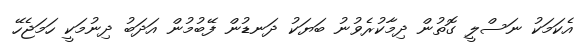
އެކަމަކު ނަސްލީ ގޮތުން ދިމާކުރެވުނު ބަޔަކު ދަނޑުން ފޭބުމުން އަދަބު ދިނުމަކީ ހަމަޖެހޭ